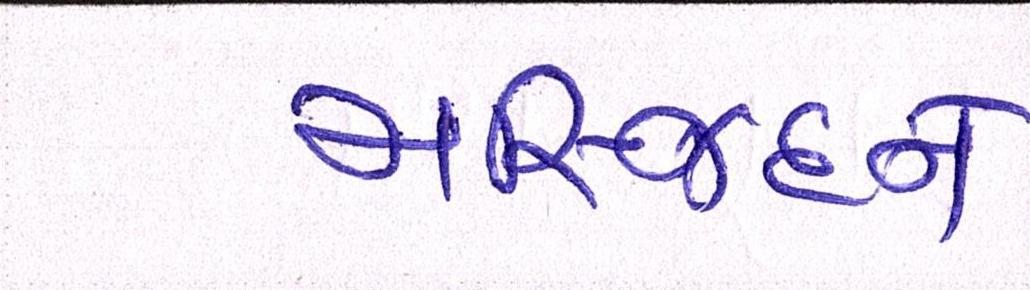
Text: મસ્જિદને